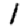
Digit: 1